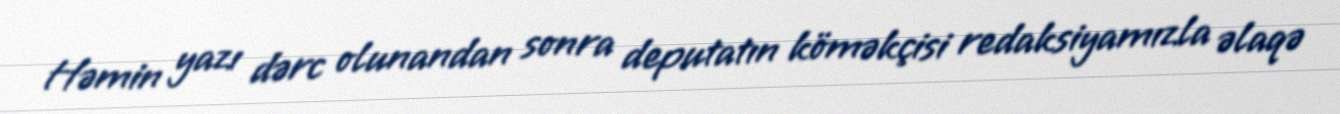
Həmin yazı dərc olunandan sonra deputatın köməkçisi redaksiyamızla əlaqə